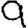
Digit: 9